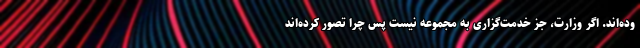
وده‌اند. اگر وزارت، جز خدمت‌گزاری به مجموعه نیست پس چرا تصور کرده‌اند